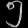
Digit: ၅